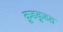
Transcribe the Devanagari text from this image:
कुडकुडत